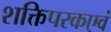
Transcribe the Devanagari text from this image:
शक्तिपरकएवं